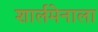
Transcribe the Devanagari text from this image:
शार्लमेनाला